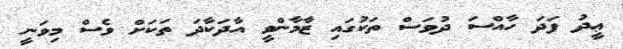
ޢީދު ފަދަ ހާއްސަ ދުވަސް ތަކުގައި ޒާމާންވީ އާދަކާދަ ތަކަށް ވެސް މިވަނީ